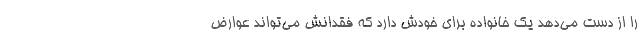
را از دست می‌دهد یک خانواده برای خودش دارد که فقدانش می‌تواند عوارض